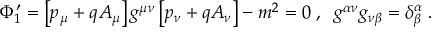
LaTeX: \Phi _ { 1 } ^ { \prime } = \left[ p _ { \mu } + q A _ { \mu } \right] g ^ { \mu \nu } \left[ p _ { \nu } + q A _ { \nu } \right] - m ^ { 2 } = 0 \; , \; \; g ^ { \alpha \nu } g _ { \nu \beta } = \delta _ { \beta } ^ { \alpha } \; .